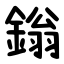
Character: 鎓